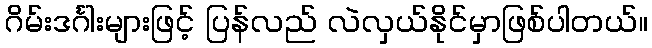
ဂိမ်းဒင်္ဂါးများဖြင့် ပြန်လည် လဲလှယ်နိုင်မှာဖြစ်ပါတယ်။